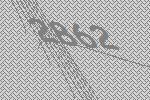
2862